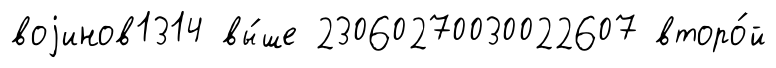
воjинов1314 вы́ше 23060270030022607 второ́й